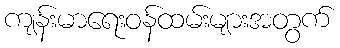
ကျန်းမာရေးဝန်ထမ်းများအတွက်